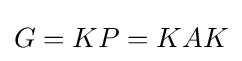
G=KP=KAK